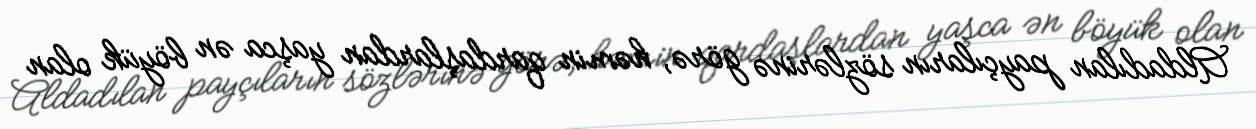
Aldadılan payçıların sözlərinə görə, həmin qardaşlardan yaşca ən böyük olan